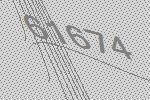
61674